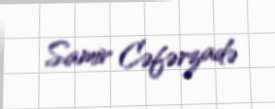
Samir Cəfərzadə